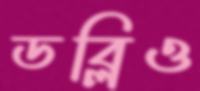
ডব্লিও